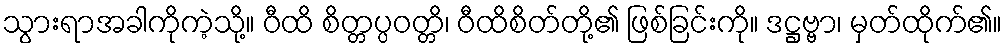
သွားရာအခါကိုကဲ့သို့။ ဝီထိ စိတ္တပ္ပဝတ္တိ၊ ဝီထိစိတ်တို့၏ ဖြစ်ခြင်းကို။ ဒဋ္ဌဗ္ဗာ၊ မှတ်ထိုက်၏။